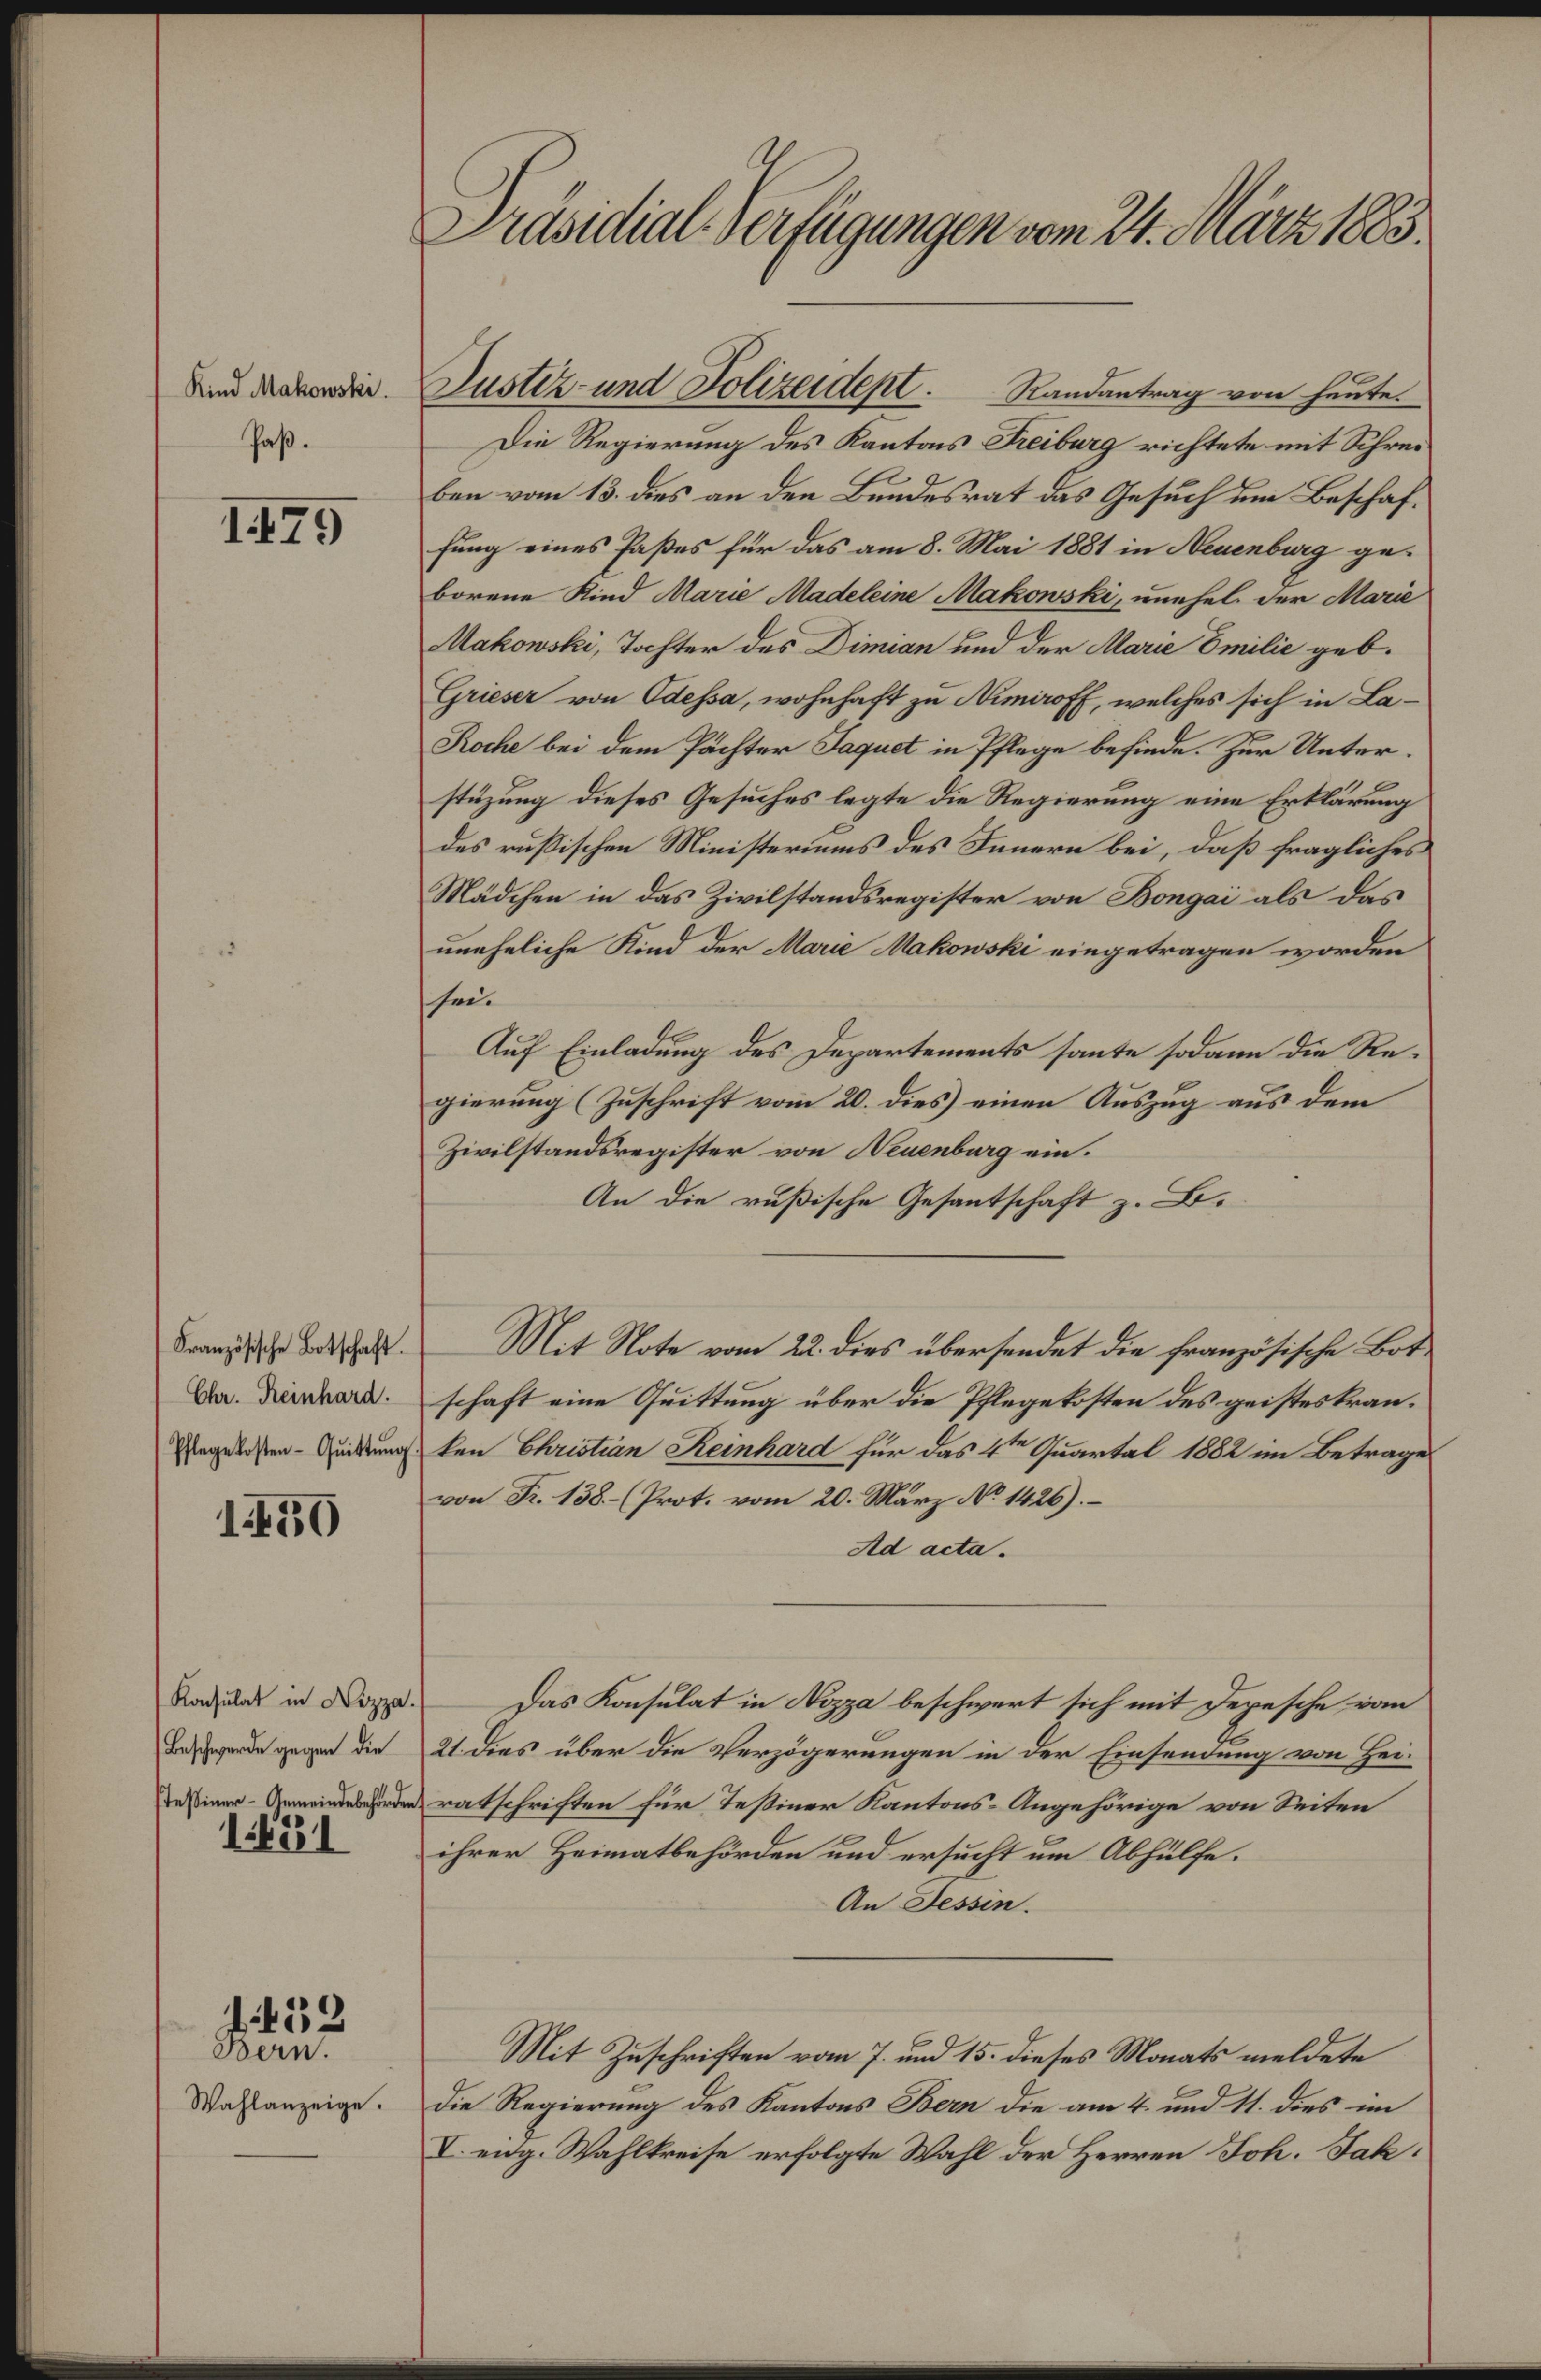
Kind Makowski.
Paß.

1479

Französische Botschaft.
Chr. Reinhard.
Pflegekosten Quittŭng

150

Konsulat in Nizza
(Beschwerde gegen die
steßiner-Gemeindebehörden

1651

A. 232
Bern.

Wahlanzeige.

Präsidial-Verfügungen vom 24. März 1883.

Die Regierung des Kantons Freiburg richtete mit Schreiben vom 13. dies an den Bundesrat das Gesuch um Beschaffung eines Paßes für das am 8. Mai 1881 in Neuenburg geborene Kind Marie Madeleine Makowski, unehel. der Marie
Makowski, Tochter des Dimian und der Marie Emilie geb.
Grieser von Odessa, wohnhaft zu Nimiroff, welches sich in La¬
Roche bei dem Pächter Jaquet in Pflege befinde. Zur Unterstüzung dieses Gesuches legte die Regierung eine Erklärung
des russischen Ministeriums des Innern bei, daß fragliches
Mädchen in das Zivilstandsregister von Bongai als das
uneheliche Kind der Marie Makowski eingetragen worden
sei.
Auf Einladung des Departements sante sodann die Regierung (Zuschrift vom 20. dies einen Auszug aus dem
Zivilstandsregister von Neuenburg ein.
An die rußische Gesantschaft z. B.
Mit Note vom 22. dies übersendet die französische Botschaft eine Quittung über die Pflegekosten des geistes kranten Christian Reinhard für das 4ten Quartal 1882 im Betrage
von Fr. 138.- (Prot. vom 20. März No 1426).
Ad acta.
Das Konsulat in Nizza beschwert sich mit Depesche vom
21. dies über die Verzögerungen in der Einsendung von Hei-
ratschriften für Teßiner Kantons-Angehörige von Seiten
ihrer Heimatbehörden und ersucht um Abhülfe.
An Tessin.
Mit Zuschriften vom 7. und 15. dieses Monats meldete
Die Regierung des Kantons Bern die am 4. und 11. dies im
V. eng. Wahlkreise erfolgte Wahl der Herren Joh. Jak.

Justiz- und Polizeidept. Randantrag von heute.